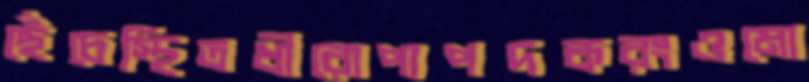
ছেঁচেস্থিতধীরোপ্যপদকরংওমো